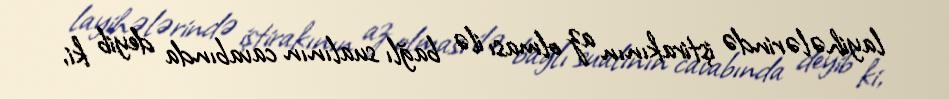
layihələrində iştirakının az olması ilə bağlı sualının cavabında deyib ki,